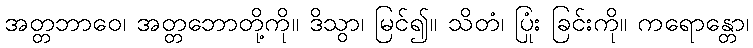
အတ္တဘာဝေ၊ အတ္တဘောတို့ကို။ ဒိသွာ၊ မြင်၍။ သိတံ၊ ပြုံး ခြင်းကို။ ကရောန္တော၊